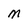
Character: M